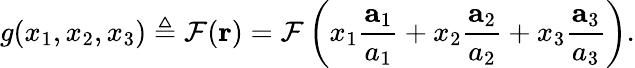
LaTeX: g(x_{1},x_{2},x_{3})\triangleq\mathcal{F}(\mathbf{{r}})=\mathcal{F}\left(x_{1}{\frac{{\mathbf{{a}}_{1}}}{{a_{1}}}}+x_{2}{\frac{{\mathbf{{a}}_{2}}}{{a_{2}}}}+x_{3}{\frac{{\mathbf{{a}}_{3}}}{{a_{3}}}}\right).